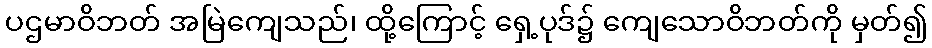
ပဌမာဝိဘတ် အမြဲကျေသည်၊ ထို့ကြောင့် ရှေ့ပုဒ်၌ ကျေသောဝိဘတ်ကို မှတ်၍